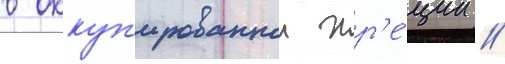
в оккуп'ированнои гр'е́ции //